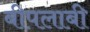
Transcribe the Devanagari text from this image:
बीपलाबी